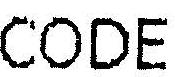
CODE